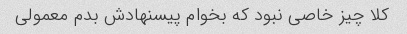
کلا چیز خاصی نبود که بخوام پیسنهادش بدم معمولی